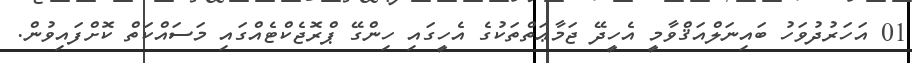
01 އަހަރުދުވަހު ބައިނަލްއަޤްވާމީ އެހީދޭ ޖަމާޢަތްތަކުގެ އެހީގައި ހިންގޭ ޕްރޮޖެކްޓެއްގައި މަސައްކަތް ކޮށްފައިވުން.